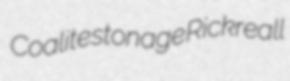
Coalite stonage Rickreall